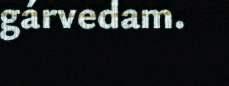
gárvedam.